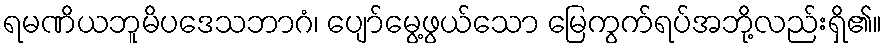
ရမဏိယဘူမိပဒေသဘာဂံ၊ ပျော်မွေ့ဖွယ်သော မြေကွက်ရပ်အဘို့လည်းရှိ၏။